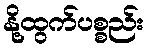
နို့ထွက်ပစ္စည်း